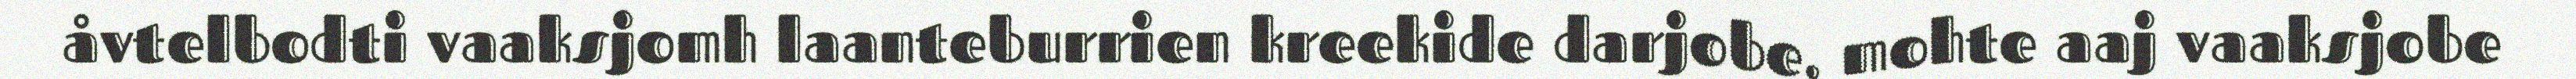
åvtelbodti vaaksjomh laanteburrien kreekide darjobe, mohte aaj vaaksjobe